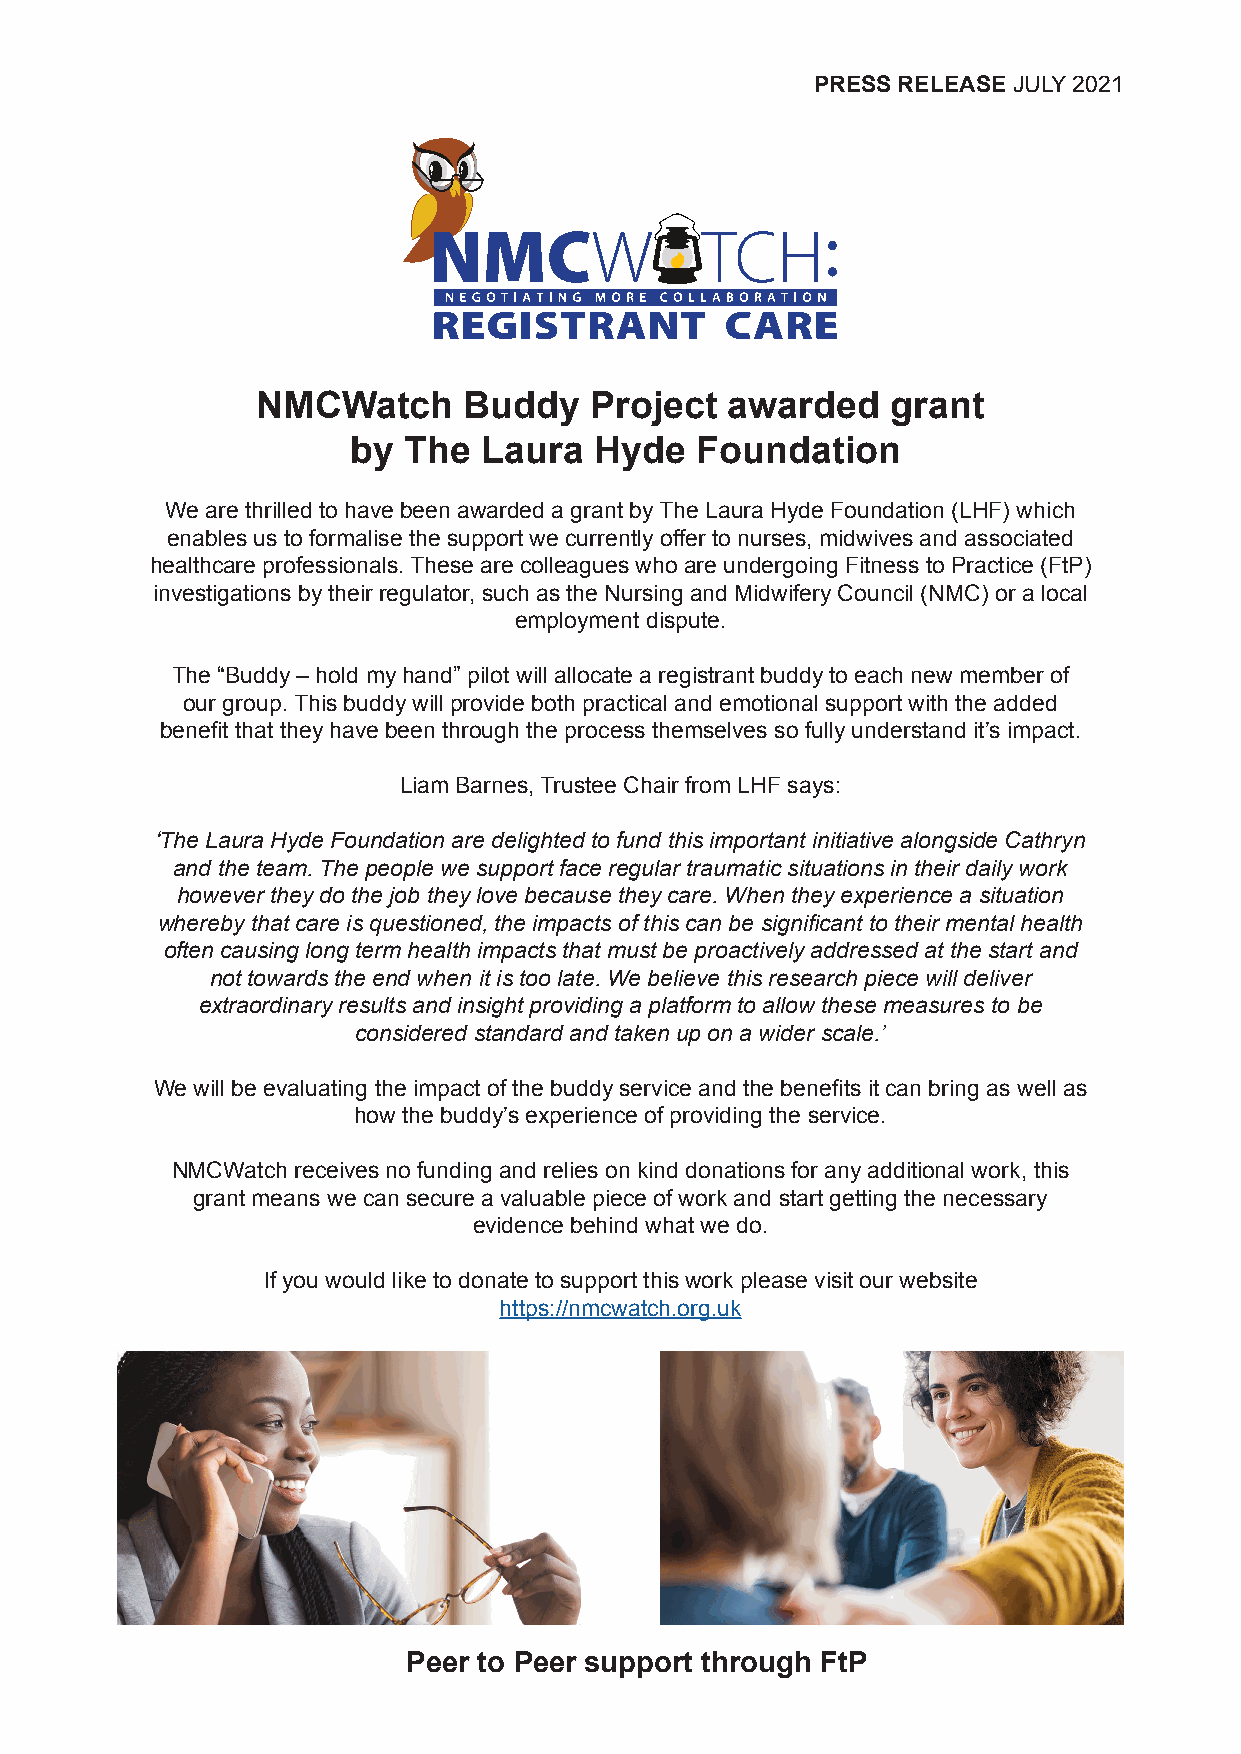
PRESS RELEASE JULY 2021
 NMCWatch      Buddy   Project  awarded    grant
 by  The  Laura  Hyde   Foundation
 We are thrilled to have been awarded a grant by The Laura Hyde Foundation (LHF) which
 enables us to formalise the support we currently offer to nurses, midwives and associated
 healthcare professionals. These are colleagues who are undergoing Fitness to Practice (FtP)
 investigations by their regulator, such as the Nursing and Midwifery Council (NMC) or a local
 employment dispute.
 The “Buddy – hold my hand” pilot will allocate a registrant buddy to each new member of
 our group. This buddy will provide both practical and emotional support with the added
 benefit that they have been through the process themselves so fully understand it’s impact.
 Liam Barnes, Trustee Chair from LHF says:
 ‘The Laura Hyde Foundation are delighted to fund this important initiative alongside Cathryn
 and the team. The people we support face regular traumatic situations in their daily work
 however they do the job they love because they care. When they experience a situation
 whereby that care is questioned, the impacts of this can be significant to their mental health
 often causing long term health impacts that must be proactively addressed at the start and
 not towards the end when it is too late. We believe this research piece will deliver
 extraordinary results and insight providing a platform to allow these measures to be
 considered standard and taken up on a wider scale.’
 We will be evaluating the impact of the buddy service and the benefits it can bring as well as
 how the buddy’s experience of providing the service.
 NMCWatch receives no funding and relies on kind donations for any additional work, this
 grant means we can secure a valuable piece of work and start getting the necessary
 evidence behind what we do.
 If you would like to donate to support this work please visit our website
 https://nmcwatch.org.uk
 Peer to Peer support through FtP